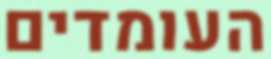
העומדים